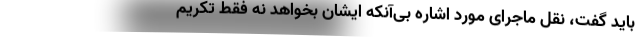
باید گفت، نقل ماجرای مورد اشاره بی‌آنکه ایشان بخواهد نه فقط تکریم